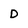
Character: D